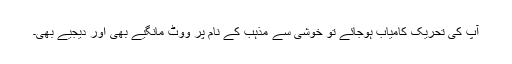
آپ کی تحریک کامیاب ہوجائے تو خوشی سے مذہب کے نام پر ووٹ مانگیے بھی اور دیجیے بھی۔